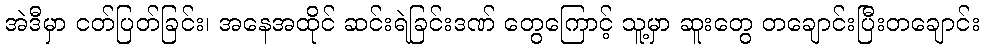
အဲဒီမှာ ငတ်ပြတ်ခြင်း၊ အနေအထိုင် ဆင်းရဲခြင်းဒဏ် တွေကြောင့် သူ့မှာ ဆူးတွေ တချောင်းပြီးတချောင်း